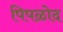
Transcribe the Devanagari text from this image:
पिपळोद